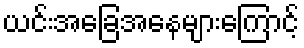
ယင်းအခြေအနေများကြောင့်